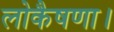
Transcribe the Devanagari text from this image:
लोकैषणा।